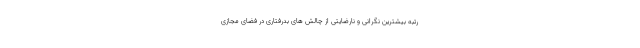
رتبه بیشترین نگرانی و نارضایتی از چالش های بدرفتاری در فضای مجازی